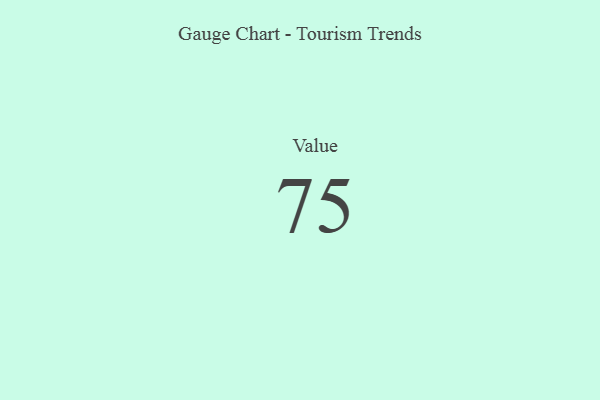
{"axis": {"x": "Metric", "y": "Value"}, "legend": [""], "data": [{"x": "Value", "y": 75, "type": ""}]}